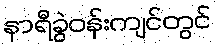
နာရီခွဲဝန်းကျင်တွင်